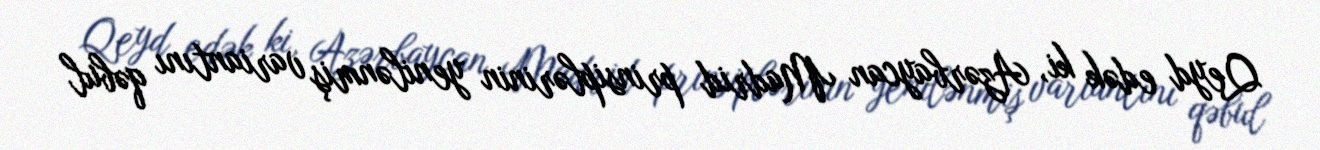
Qeyd edək ki, Azərbaycan Madrid prinsiplərinin yenilənmiş variantını qəbul